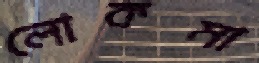
লোকমা